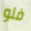
فلو